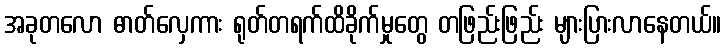
အခုတလော ဓာတ်လှေကား ရုတ်တရက်ထိခိုက်မှုတွေ တဖြည်းဖြည်း များပြားလာနေတယ်။